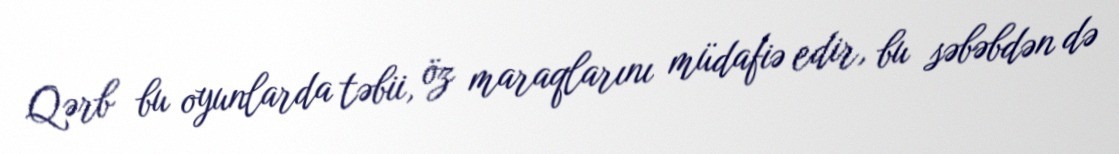
Qərb bu oyunlarda təbii, öz maraqlarını müdafiə edir, bu səbəbdən də